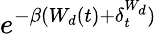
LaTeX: e^{-\beta(W_{d}(t)+\delta_{t}^{W_{d}})}